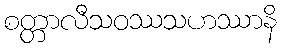
စတ္တာလီသဝဿသဟဿာနိ